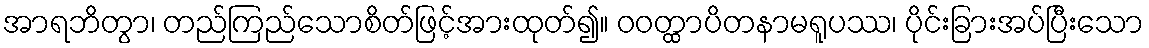
အာရဘိတွာ၊ တည်ကြည်သောစိတ်ဖြင့်အားထုတ်၍။ ဝဝတ္ထာပိတနာမရူပဿ၊ ပိုင်းခြားအပ်ပြီးသော